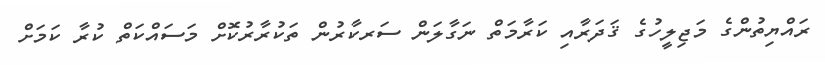
ރައްޔިތުންގެ މަޖިލީހުގެ ޤަދަރާއި ކަރާމަތް ނަގާލަން ސަރކާރުން ތަކުރާރުކޮށް މަސައްކަތް ކުރާ ކަމަށް